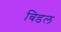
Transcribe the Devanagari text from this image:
बिडल